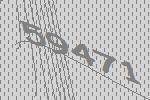
59471